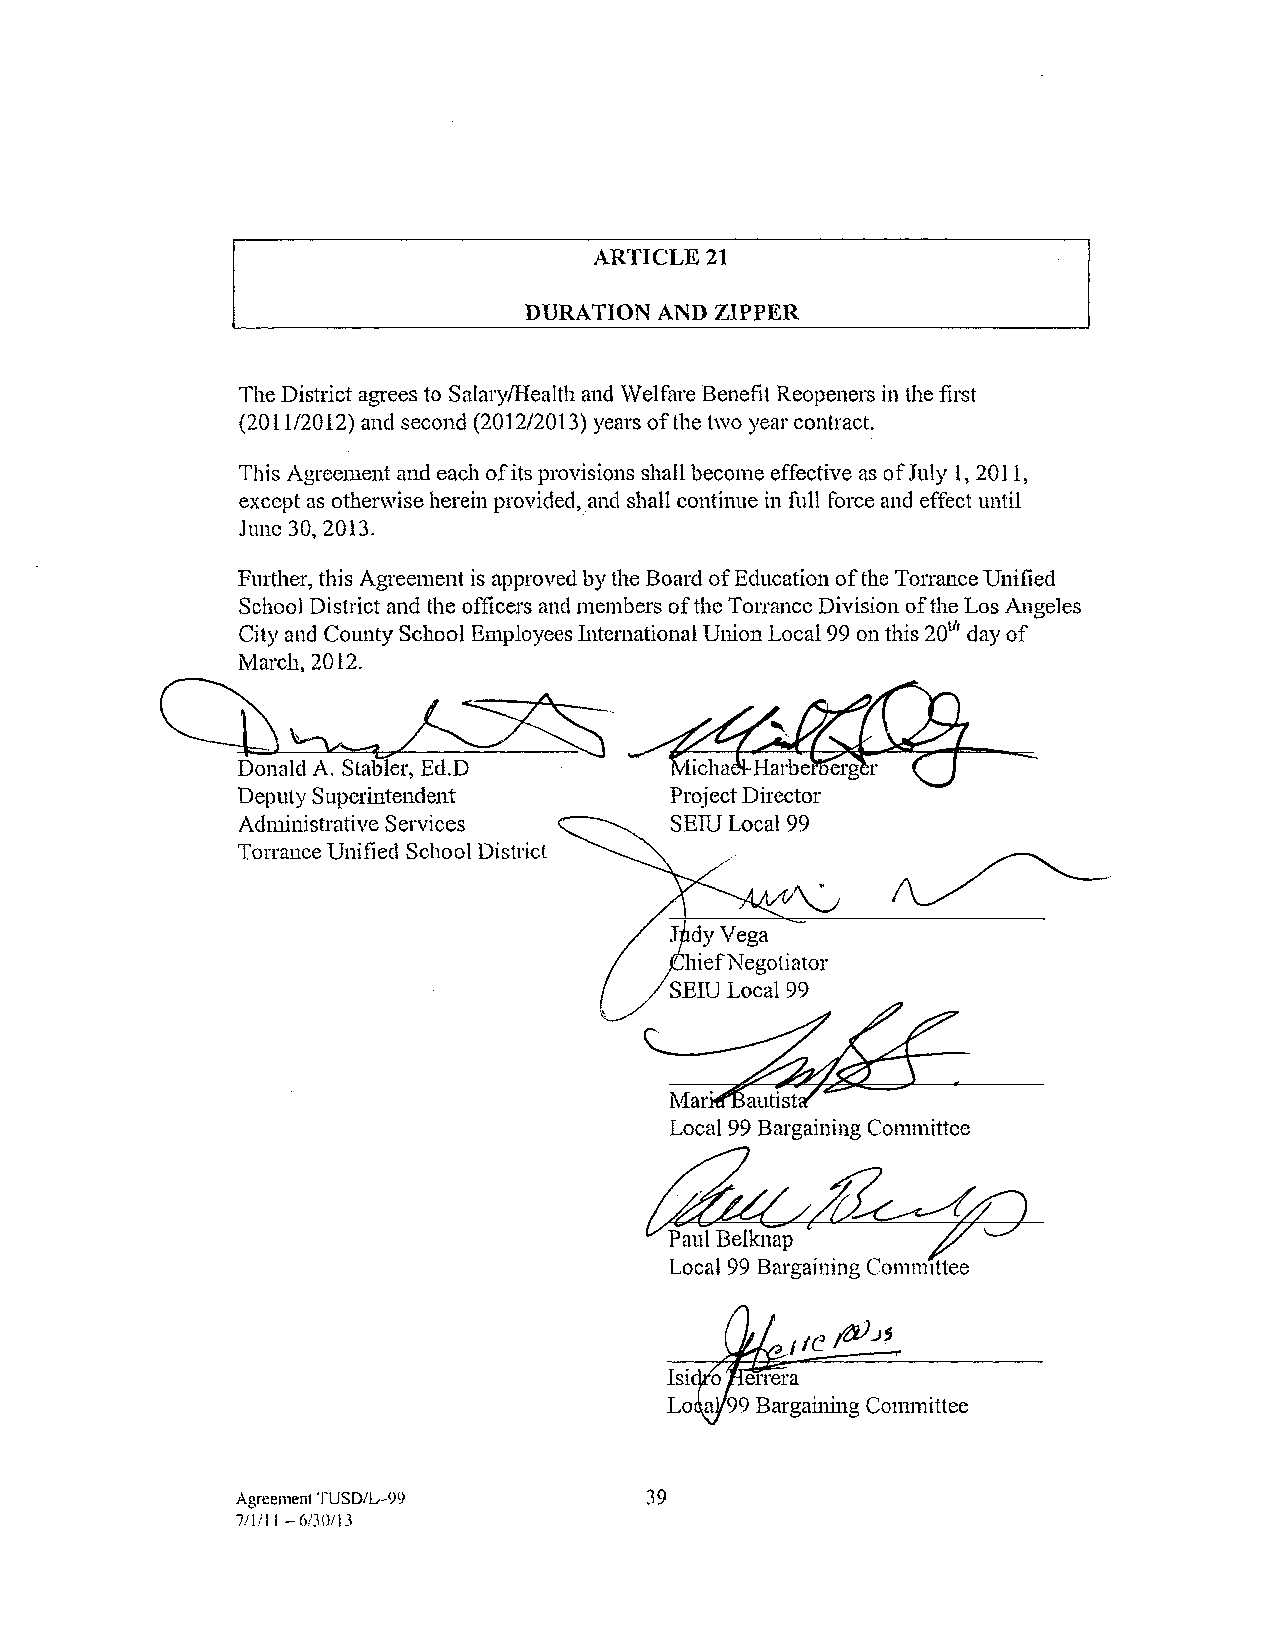
ARTICLE 21
 DURATION AND ZIPPER
 The District agrees to Salary/Health and Welfare Benefit Reopeners in the first
 (2011/2012) and second (2012/2013) years of the two year contract.
 This Agreement and each of its provisions shall become effective as of July 1, 2011,
 except as otherwise herein provided,and shall continue in full force and effect until
 June 30, 2013.
 Further, this Agreement is approved by the Board of Education of the Torrance Unified
 School District and the officers and members of the Torrance Division of the Los Angeles
 City and County School Employees International Union Local 99 on this 201" clay of
 March, 2012.
 C       b     ~      ~      ·
 DonaWA.Stahler, Ed.D
 Deputy Superintendent
 Administrative Services
 Torrance Unified School District
 Local 99 Bargaining Committee
 Paul Belknap
 Local 99 Bargaining Committee
 , ,c t1J)
 Jj
 Agreement ·ruSDfL--99      39
 7/1111 -6/Jl)/JJ